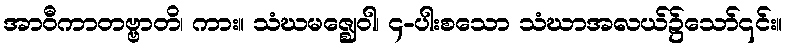
အာဝီကာတဗ္ဗာတိ၊ ကား။ သံဃမဇ္ဈေဝါ၊ ၄-ပါးစသော သံဃာအလယ်၌သော်၎င်း။